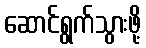
ဆောင်ရွက်သွားဖို့